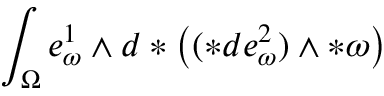
\int _ { \Omega } e _ { \omega } ^ { 1 } \wedge d \ast \big ( ( \ast d e _ { \omega } ^ { 2 } ) \wedge \ast \omega \big )